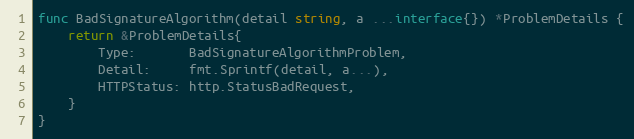
Language: Go
func BadSignatureAlgorithm(detail string, a ...interface{}) *ProblemDetails {
	return &ProblemDetails{
		Type:       BadSignatureAlgorithmProblem,
		Detail:     fmt.Sprintf(detail, a...),
		HTTPStatus: http.StatusBadRequest,
	}
}